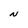
Character: N